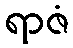
ရာဇံ